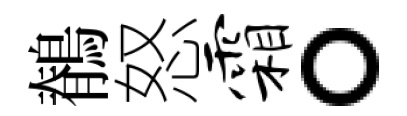
鶺怒霜。